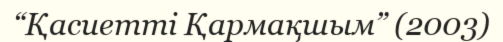
“Қасиетті Қармақшым” (2003)